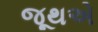
જૂથએ